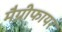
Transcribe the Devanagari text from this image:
मैग्नीफायर